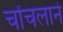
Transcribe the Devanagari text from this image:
चोंचलाने